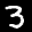
Label: 3